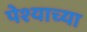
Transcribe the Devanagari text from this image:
पेश्याच्या